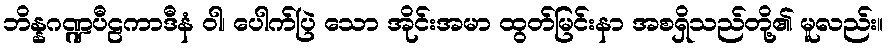
ဘိန္နဂဏ္ဍပီဠကာဒီနံ ဝါ၊ ပေါက်ပြဲ သော အိုင်းအမာ ထွတ်မြင်းနာ အစရှိသည်တို့၏ မူလည်း။